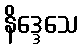
နိဒ္ဒေသေ